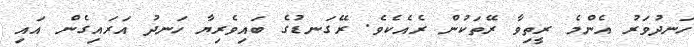
ހަނދުވަރު އެންމެ ރީތިވާ ރޭތަކުން ރެއެކެވެ. ރޭގަނޑުގެ ބައިވެރިޔާ ހަނދު އަރައިގެން އައި